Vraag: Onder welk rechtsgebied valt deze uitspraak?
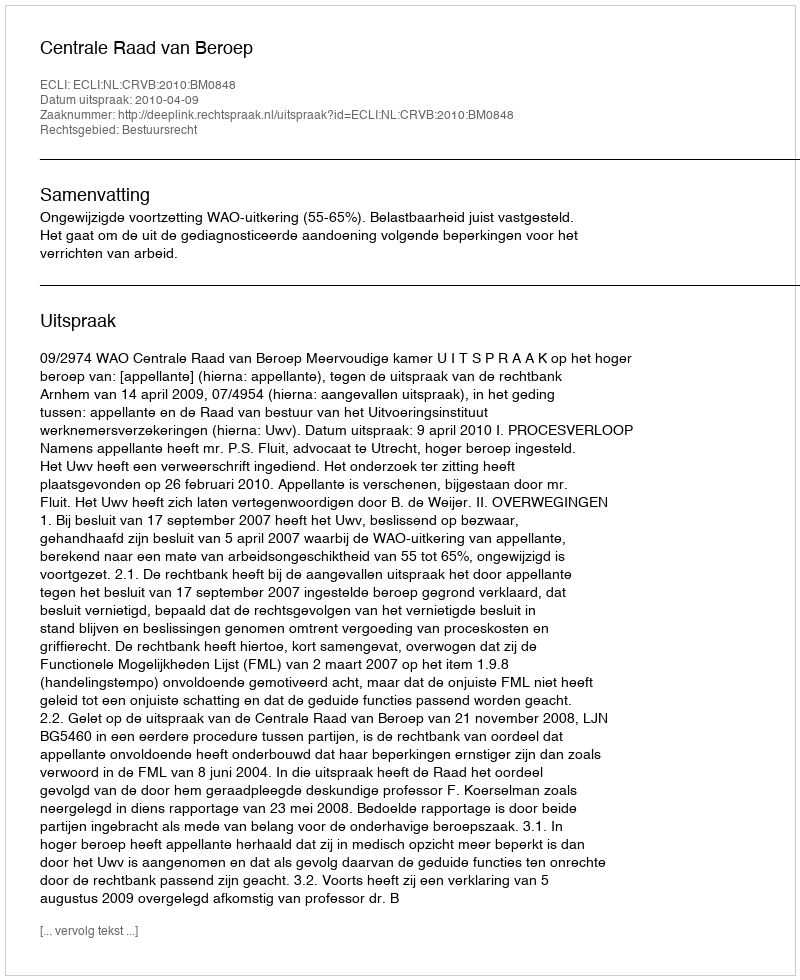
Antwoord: Bestuursrecht